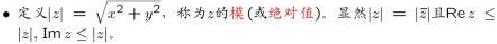
定义$|z| = \sqrt{x^{2}+y^{2}}$，称为$z$的模(或绝对值)。显然$|z| = |\overline{z}|$且$\text{Re }z\leqslant|z|$，$\text{Im }z\leqslant|z|$。